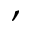
,